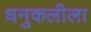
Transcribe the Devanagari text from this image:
धनुकलीला